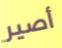
أصير